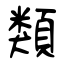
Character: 類